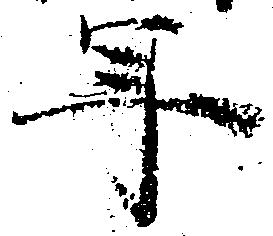
年